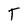
Character: T